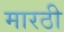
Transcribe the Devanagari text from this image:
मारठी